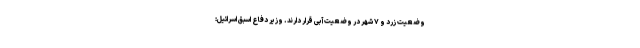
وضعیت زرد و ۷ شهر در وضعیت آبی قرار دارند. وزیر دفاع اسبق اسرائیل: